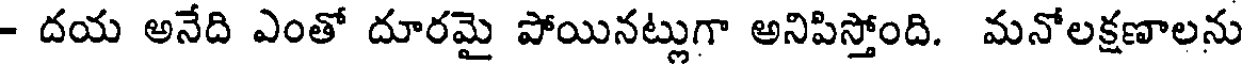
- దయ అనేది ఎంతో దూరమై పోయినట్లుగా అనిపిస్తోంది. మనోలక్షణాలను